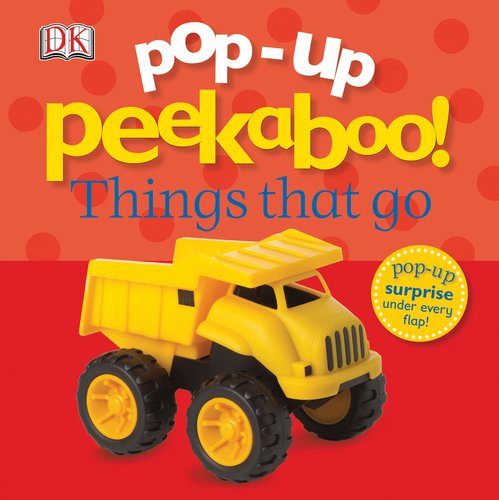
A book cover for Pop-Up Peekaboo: Things That Go; DK Publishing; Children's Books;